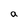
Character: a